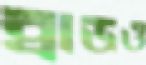
ব্রাডও